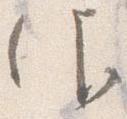
仰